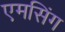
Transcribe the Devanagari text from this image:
एमसिंग